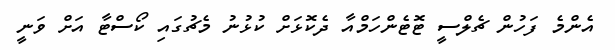
އެންމެ ފަހުން ޗެލްސީ ޓޮޓެންހަމްއާ ދެކޮޅަށް ކުޅުނު މެޗުގައި ކޯސްޓާ އަށް ވަނީ